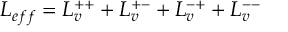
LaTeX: { \cal L } _ { e f f } = { \cal L } _ { v } ^ { + + } + { \cal L } _ { v } ^ { + - } + { \cal L } _ { v } ^ { - + } + { \cal L } _ { v } ^ { -- }